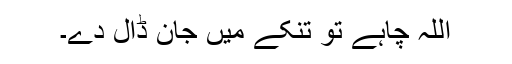
اللہ چاہے تو تنکے میں جان ڈال دے۔